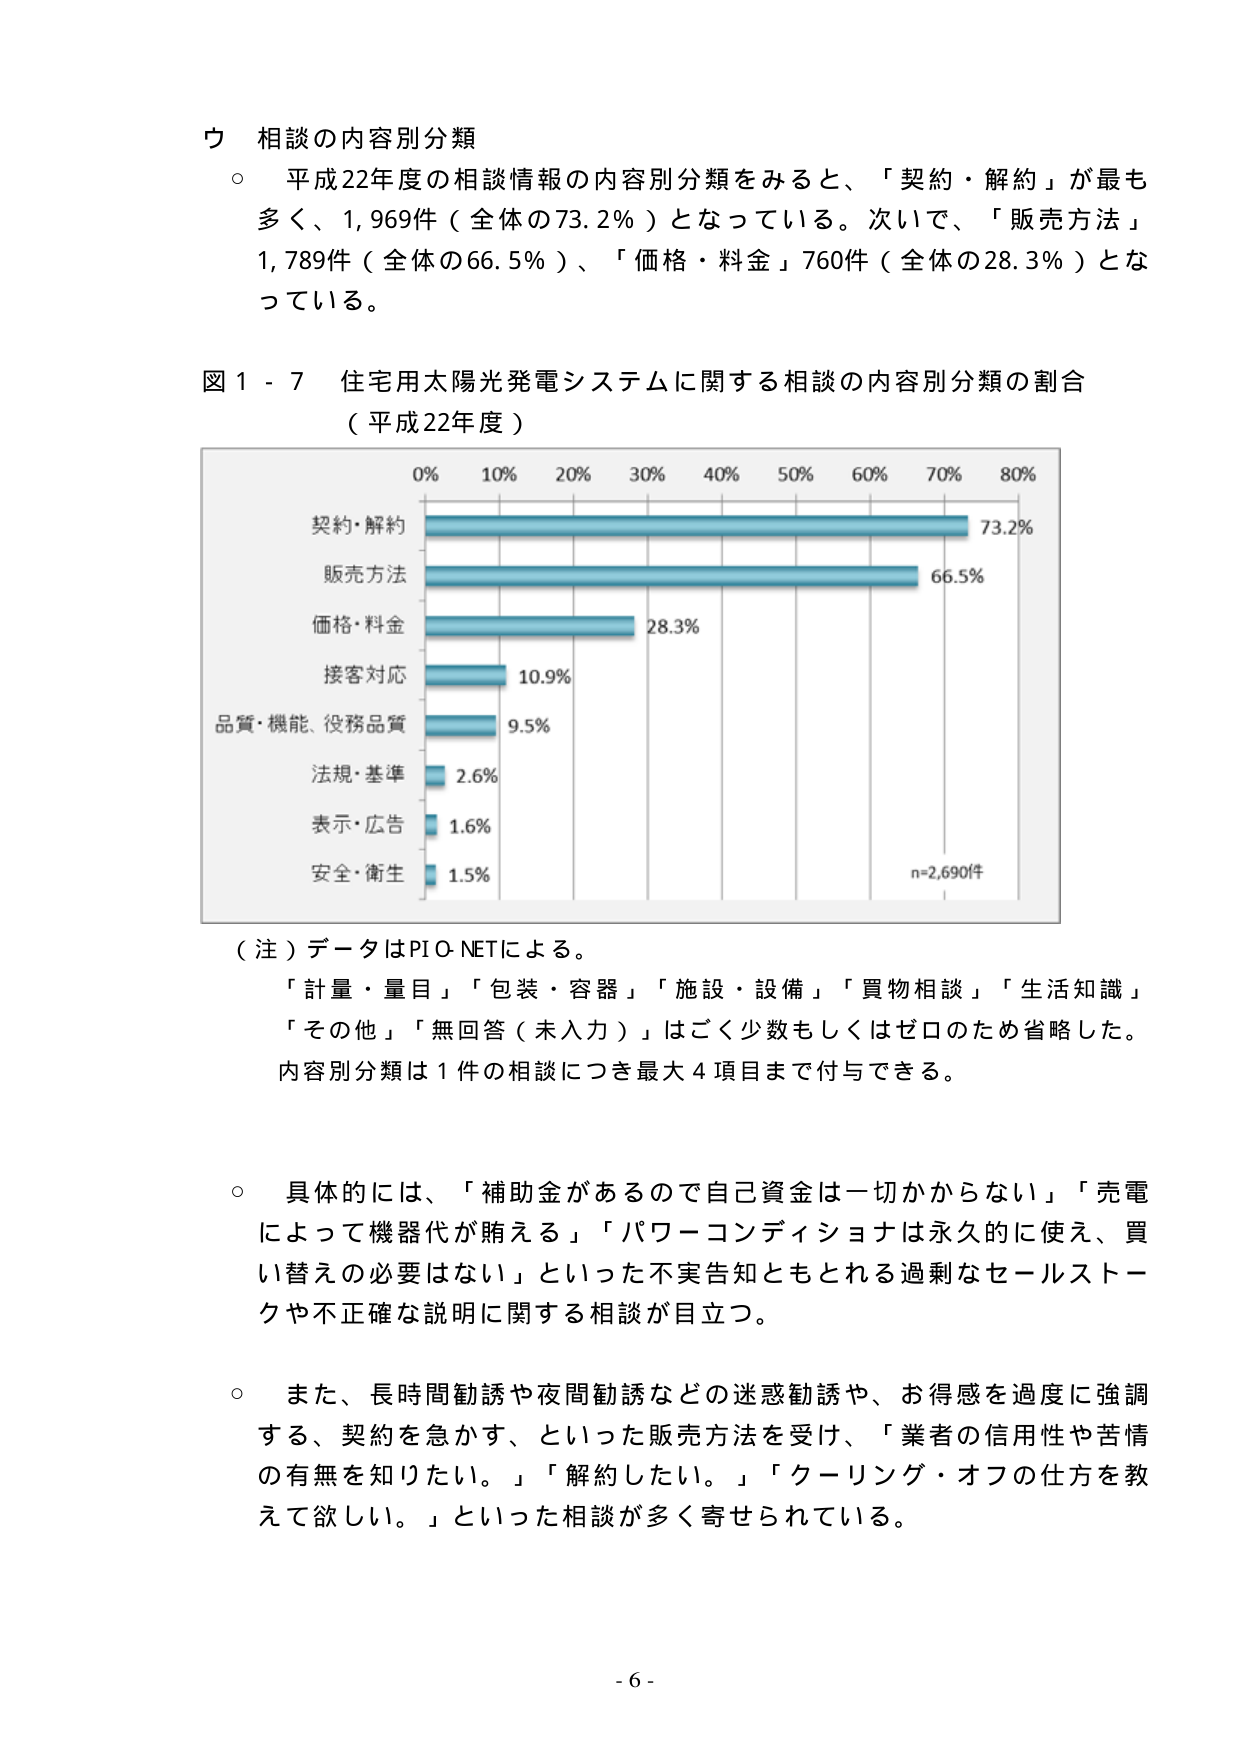
ウ 相談の内容別分類
○ 平成22年度の相談情報の内容別分類をみると、「契約・解約」が最も多く、1,969件（全体の73.2％）となっている。次いで、「販売方法」1,789件（全体の66.5％）、「価格・料金」760件（全体の28.3％）となっている。

図１－７ 住宅用太陽光発電システムに関する相談の内容別分類の割合
（平成22年度）

0% 10% 20% 30% 40% 50% 60% 70% 80%
契約・解約 73.2%
販売方法 66.5%
価格・料金 28.3%
接客対応 10.9%
品質・機能、役務品質 9.5%
法規・基準 2.6%
表示・広告 1.6%
安全・衛生 1.5%
n=2,690件

（注）データはPIO-NETによる。
「計量・量目」「包装・容器」「施設・設備」「買物相談」「生活知識」
「その他」「無回答（未入力）」はごく少数もしくはゼロのため省略した。
内容別分類は1件の相談につき最大4項目まで付与できる。

○ 具体的には、「補助金があるので自己資金は一切かからない」「売電によって機器代が賄える」「パワーコンディショナは永久的に使え、買い替えの必要はない」といった不実告知ともとれる過剰なセールストークや不正確な説明に関する相談が目立つ。

○ また、長時間勧誘や夜間勧誘などの迷惑勧誘や、お得感を過度に強調する、契約を急かす、といった販売方法を受け、「業者の信用性や苦情の有無を知りたい。」「解約したい。」「クーリング・オフの仕事を教えて欲しい。」といった相談が多く寄せられている。

- 6 -